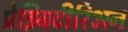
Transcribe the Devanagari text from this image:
प्रेझ्बिटीरिअन